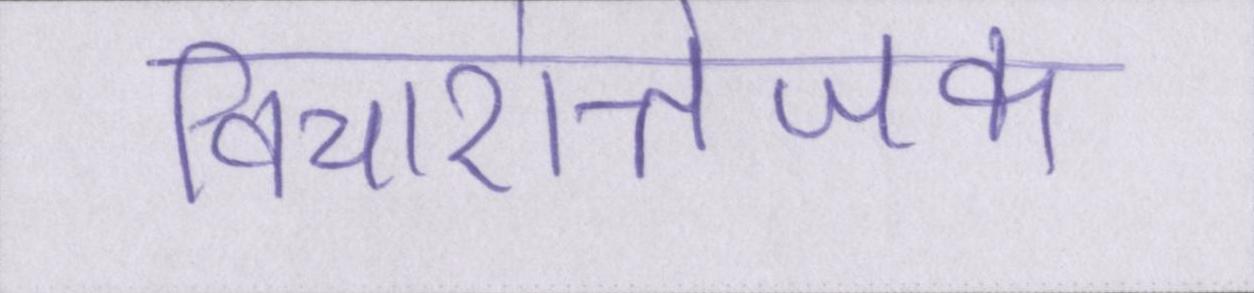
विचारोत्तेजक